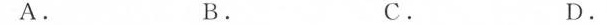
A. B. C. D.